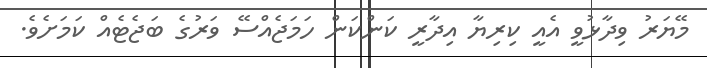
މޭޔަރު ވިދާޅުވީ އެއީ ކިރިޔާ އިދާރީ ކަންކަން ހަމަޖެއްސޭ ވަރުގެ ބަޖެޓެއް ކަމަށެވެ.